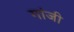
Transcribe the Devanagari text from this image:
गांजी